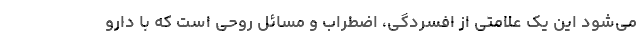
می‌شود این یک علامتی از افسردگی، اضطراب و مسائل روحی است که با دارو